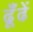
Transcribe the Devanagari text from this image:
ढूँढें